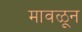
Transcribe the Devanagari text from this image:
मावळून